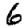
Digit: 6